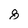
Character: 8